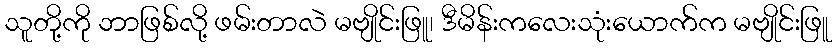
သူတို့ကို ဘာဖြစ်လို့ ဖမ်းတာလဲ မဗျိုင်းဖြူ၊ ဒီမိန်းကလေးသုံးယောက်က မဗျိုင်းဖြူ